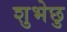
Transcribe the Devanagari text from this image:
शुभेछु